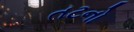
તટનો